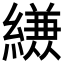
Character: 𮉈